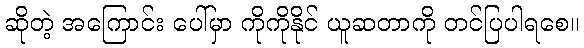
ဆိုတဲ့ အကြောင်း ပေါ်မှာ ကိုကိုနိုင် ယူဆတာကို တင်ပြပါရစေ။